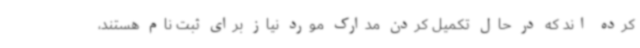
کرده اند که در حال تکمیل کردن مدارک مورد نیاز برای ثبت نام هستند،